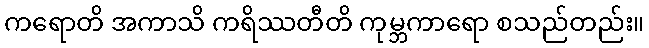
ကရောတိ အကာသိ ကရိဿတီတိ ကုမ္ဘကာရော စသည်တည်း။